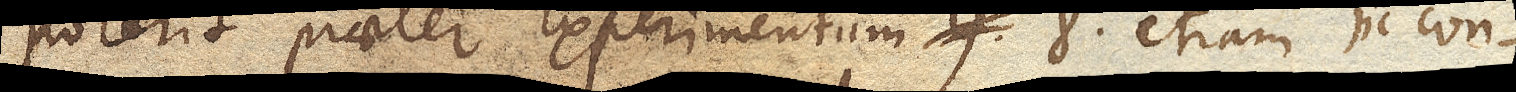
poterit praeter Experimentum 8. etiam hic con–